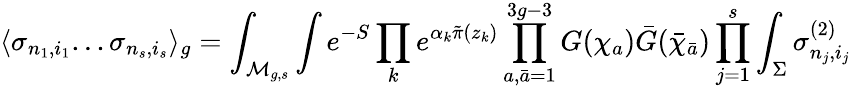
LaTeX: \langle\sigma_{n_{1},i_{1}}...\sigma_{n_{s},i_{s}}\rangle_{g}=\int_{{\cal M}_{g,s}}\int e^{-S}\prod_{k}e^{\alpha_{k}{\tilde{\pi}}(z_{k})}\prod_{a,{\bar{a}}=1}^{3g-3}G(\chi_{a}){\bar{G}}({\bar{\chi}}_{\bar{a}})\prod_{j=1}^{s}\int_{\Sigma}\sigma_{n_{j},i_{j}}^{(2)}